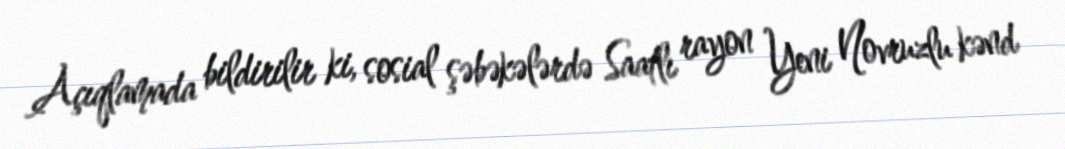
Açıqlamada bildirilir ki, sosial şəbəkələrdə Saatlı rayon Yeni Novruzlu kənd